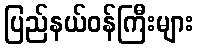
ပြည်နယ်ဝန်ကြီးများ